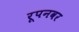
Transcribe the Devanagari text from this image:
रूपनवर